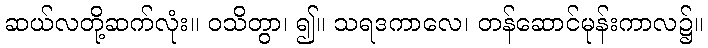
ဆယ်လတို့ဆက်လုံး။ ဝသိတွာ၊ ၍။ သရဒကာလေ၊ တန်ဆောင်မုန်းကာလ၌။